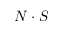
N \cdot S